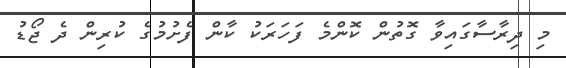
މި ދިރާސާގައިވާ ގޮތުން ކޮންމެ ފަހަރަކު ކާން ފެށުމުގެ ކުރިން ދެ ޖޯޑު